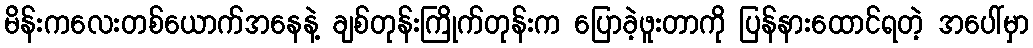
မိန်းကလေးတစ်ယောက်အနေနဲ့ ချစ်တုန်းကြိုက်တုန်းက ပြောခဲ့ဖူးတာကို ပြန်နားထောင်ရတဲ့ အပေါ်မှာ